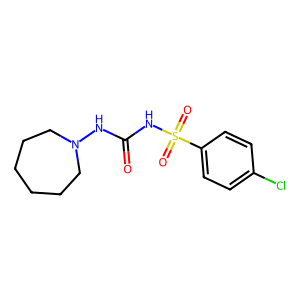
SMILES: O=C(NN1CCCCCC1)NS(=O)(=O)c1ccc(Cl)cc1
Inhibits HIV replication: No